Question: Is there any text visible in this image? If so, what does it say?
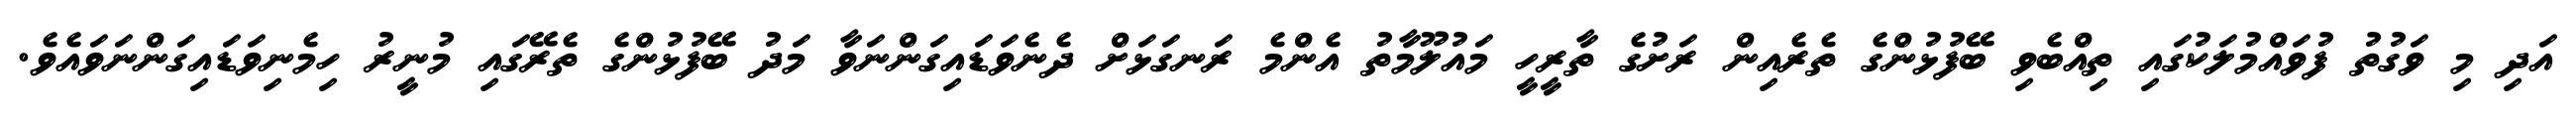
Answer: އަދި މި ވަގުތު ފުވައްމުލަކުގައި ތިއްބެވި ބޭފުޅުންގެ ތެރެއިން ރަށުގެ ތާރީހީ މައުލޫމާތު އެންމެ ރަނގަޅަށް ދެނެވަޑައިގަންނަވާ މަދު ބޭފުޅުންގެ ތެރޭގައި މުނީރު ހިމެނިވަޑައިގަންނަވައެވެ.